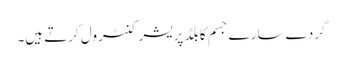
گردے سارے جسم کا بلڈ پریشر کنٹرول کرتے ہیں۔